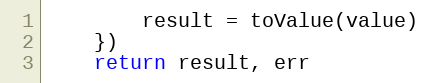
Language: Go
		result = toValue(value)
	})
	return result, err